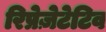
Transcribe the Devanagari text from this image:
रिप्रेज़ेटेटिव